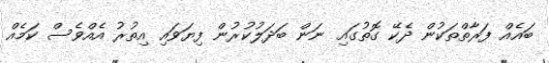
ބައެއް ފަރާތްތަކުން ދެކޭ ގޮތުގައި ނަން ބަދަލުކުރުން ފިޔަވައި އިތުރު އެއްވެސް ކަމެއް